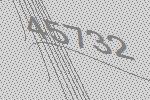
45732